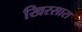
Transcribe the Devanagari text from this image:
खिरसारा